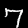
Digit: 7